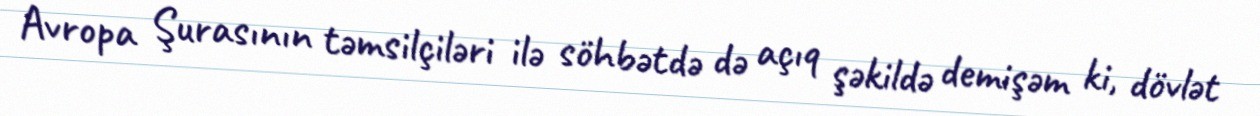
Avropa Şurasının təmsilçiləri ilə söhbətdə də açıq şəkildə demişəm ki, dövlət